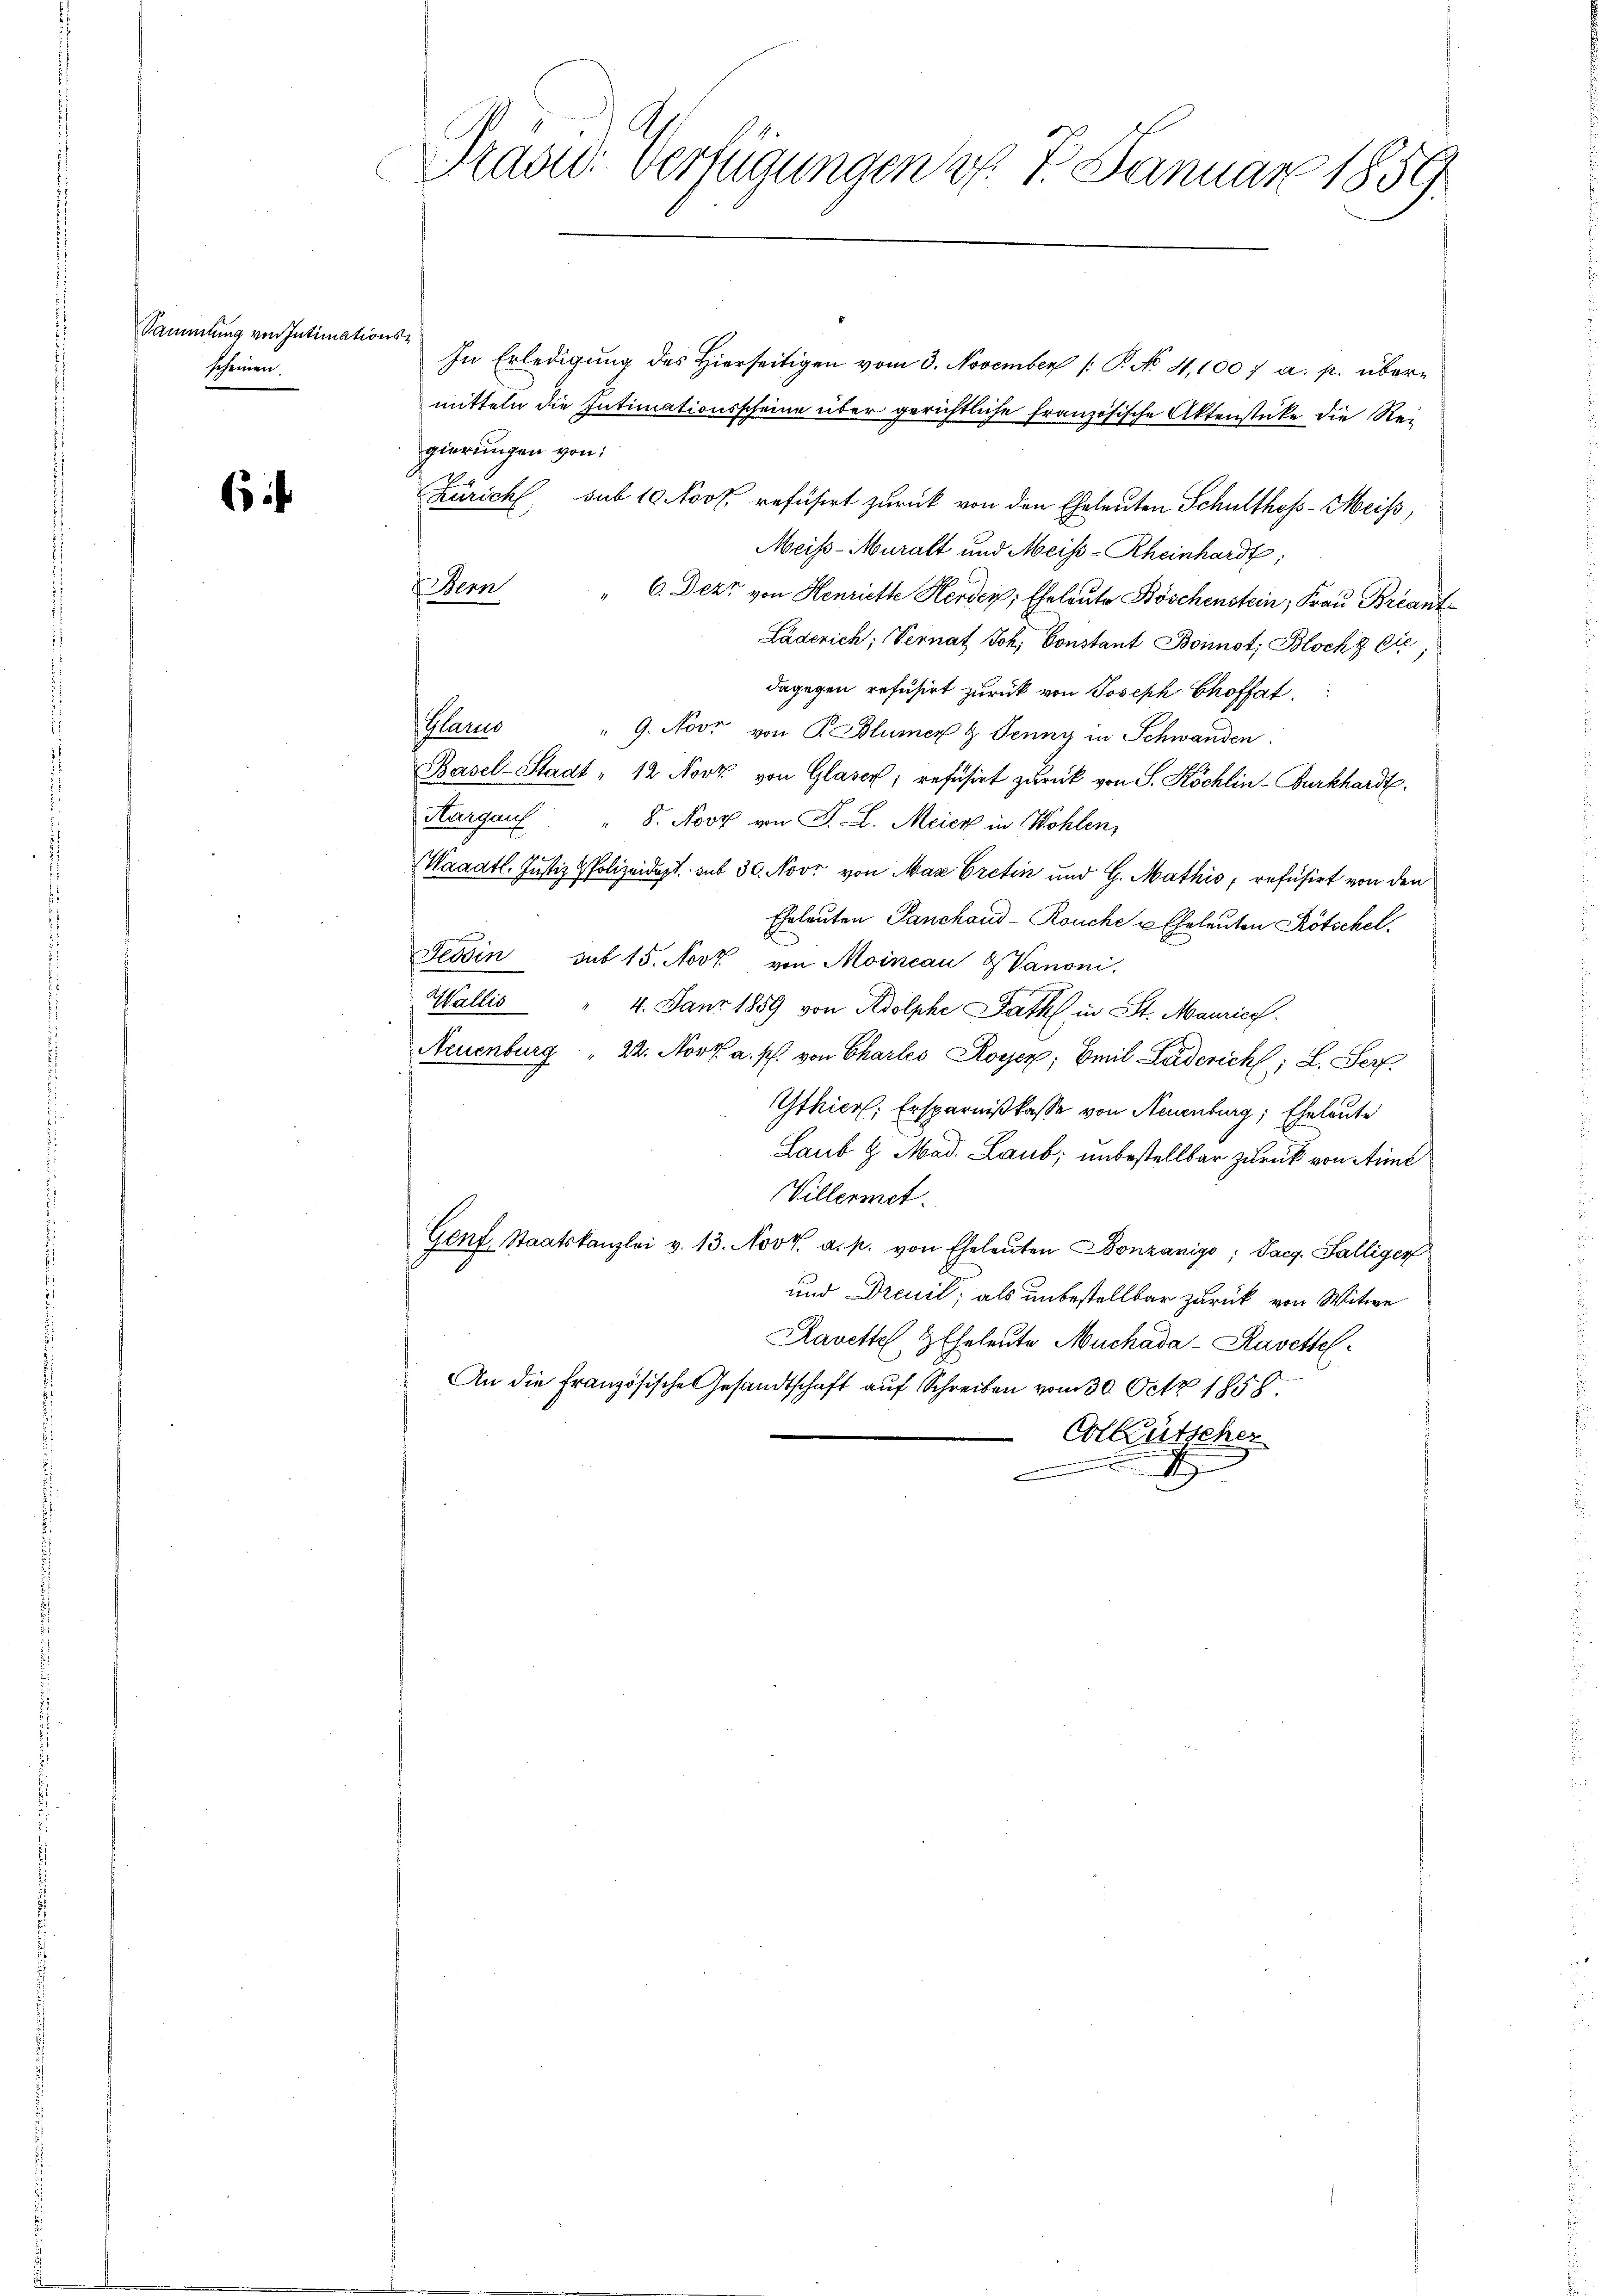
Sammlung von Intimationsschönen.

6

raad: Verfügungen v. 7. Januar 1859.

In Erledigŭng des hierseitigen vom 3. November /: P. No 4,100 f a. p. übermitteln die Intimationsscheine über gerichtliche französische Aktenstücke die Reigierungen von
Züricht, sub 10 Nov. refüsirt zurück von den Eheleuten Schultheß-Meiß,
Meis-Muralt und Meis-Rheinhardt,
dern
2
6. Dezt von Henriette Herden, Eheleute Böschenstein, Frau Breant¬
Läderich; Vernat Joh. Constant Bonnot; Block & Cie
dagegen refusirt zurück von Joseph Choffat.
Mann
" 9. Novr von P. Blümer & Jenny in Schwanden
Basel-Stadt " 12 Novz von Glaser, refüsirt zurück von S. Köchlin-Burkhardt.
Hargau " 8. Novz von F. L. Meier in Wohlen,
Waadt. Justiz & Polizeidigt. sub 30. Nov. von Max Cretin und G. Mathis, refüsirt von den
Eheleuten Panchand-Rouche u. Eheleuten Kötschel.
Tessin sub 15. Novk von Moincau Vanoni
Wallis
" 4. Janz 1859 von Adolphi Rath in St. Maurich.
Neuenburg " 22. Nov. a. p. von Charleo Royer, Emil Leiderich; L. Ser
Gthier, Ersparnißkasse von Neuenburg, Eheleute
Laub & Mad. Laub; unbestellbar zurück von Arme
Villermet.
Genf. Staatskanzlei v. 13. Nov. a. p. von Eheleŭten Bonzanigo; Saeg. Palligen
und Dreuil, als unbestellbar zurück von Witwe
Kavettel HEheleute Muchada-Ravettel
An die Französische Gesandtschaft auf Schreiben vom 30. Octz 1858.
Colkutscher